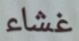
غشاء